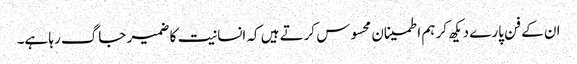
ان کے فن پارے دیکھ کر ہم اطمینان محسوس کرتے ہیں کہ انسانیت کا ضمیر جاگ رہا ہے۔